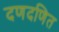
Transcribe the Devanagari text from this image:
दणदणित